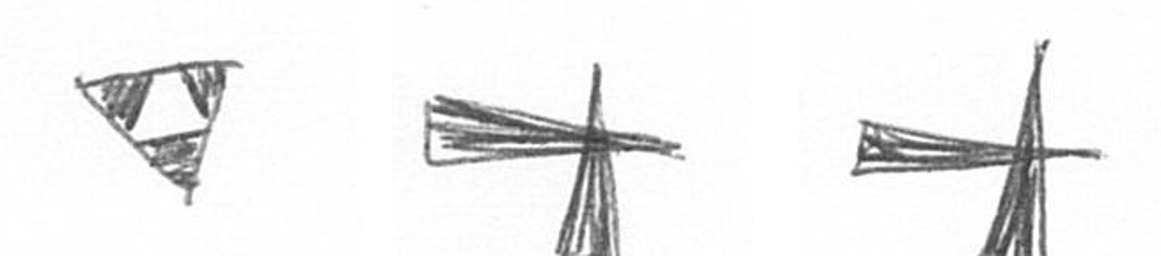
S G G